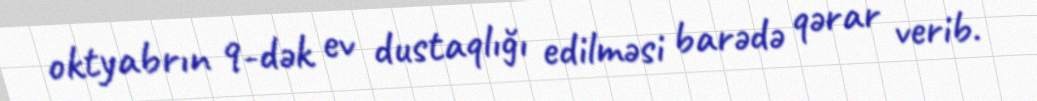
oktyabrın 9-dək ev dustaqlığı edilməsi barədə qərar verib.